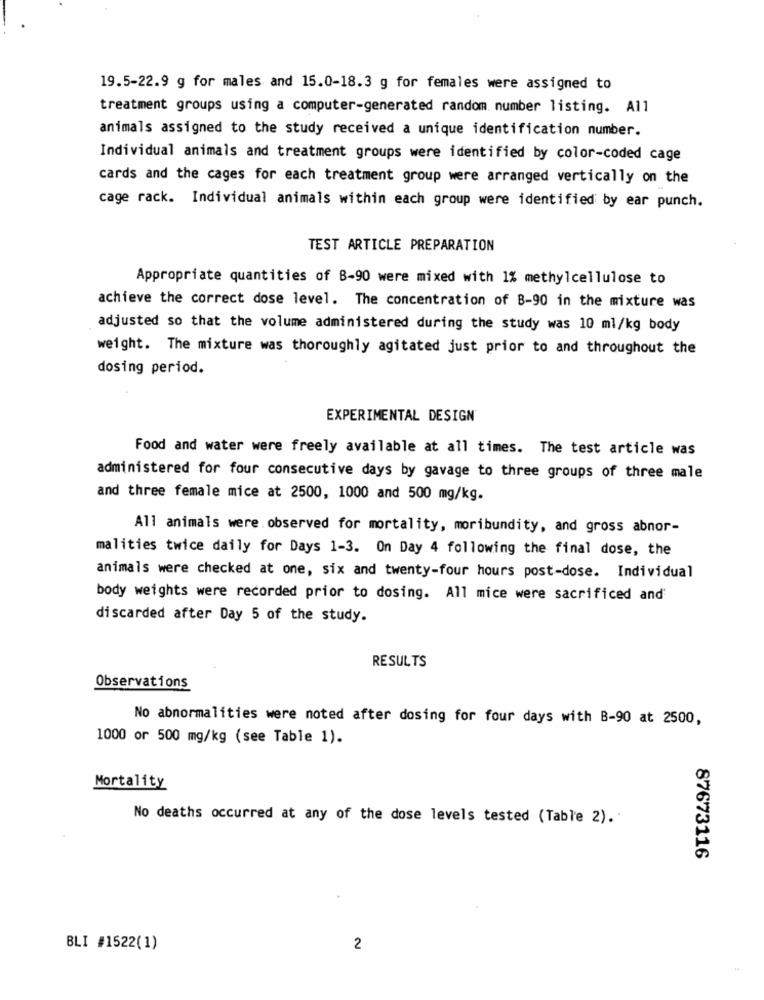
19.5-22.9 g for males and 15.0-18.3 g for females were assigned to
treatment groups using a computer-generated random number listing. All
animals assigned to the study received a unique identification number.
Individual animals and treatment groups were identified by color-coded cage
cards and the cages for each treatment group were arranged vertically on the
cage rack. Individual animals within each group were identified by ear punch.
TEST ARTICLE PREPARATION
Appropriate quantities of B-90 were mixed with 1% methylcellulose to
achieve the correct dose level. The concentration of B-90 in the mixture was
adjusted so that the volume administered during the study was 10 ml/kg body
weight. The mixture was thoroughly agitated just prior to and throughout the
dosing period.
EXPERIMENTAL DESIGN
Food and water were freely available at all times. The test article was
administered for four consecutive days by gavage to three groups of three male
and three female mice at 2500, 1000 and 500 mg/kg.
All animals were observed for mortality, moribundity, and gross abnor-
malities twice daily for Days 1-3. On Day 4 following the final dose, the
animals were checked at one, six and twenty-four hours post-dose. Individual
body weights were recorded prior to dosing. All mice were sacrificed and
discarded after Day 5 of the study.
RESULTS
Observations
No abnormalities were noted after dosing for four days with B-90 at 2500,
1000 or 500 mg/kg (see Table 1).
Mortality
No deaths occurred at any of the dose levels tested (Table 2).
87673116
BLI #1522(1)
2